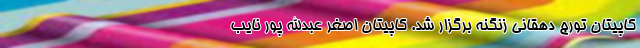
کاپیتان تورج دهقانی زنگنه برگزار شد. کاپیتان اصغر عبدالله پور نایب